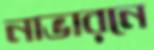
নাভারনে